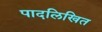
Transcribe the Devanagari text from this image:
पादलिखित